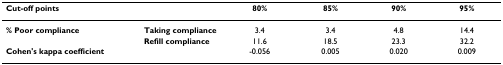
<table><thead><tr><td><b>Cut-off points</b></td><td></td><td><b>80%</b></td><td><b>85%</b></td><td><b>90%</b></td><td><b>95%</b></td></tr></thead><tbody><tr><td><b>% Poor compliance</b></td><td><b>Taking compliance</b></td><td>3.4</td><td>3.4</td><td>4.8</td><td>14.4</td></tr><tr><td></td><td><b>Refill compliance</b></td><td>11.6</td><td>18.5</td><td>23.3</td><td>32.2</td></tr><tr><td><b>Cohen&#x27;s kappa coefficient</b></td><td></td><td>-0.056</td><td>0.005</td><td>0.020</td><td>0.009</td></tr></tbody></table>